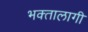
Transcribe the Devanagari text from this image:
भक्‍तालागी